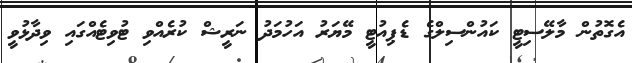
އެގޮތުން މާލޭސިޓީ ކައުންސިލްގެ ޑެޕިއުޓީ މޭޔަރު އަހުމަދު ނަރީޝް ކުރެއްވި ޓުވިޓެއްގައި ވިދާޅުވީ